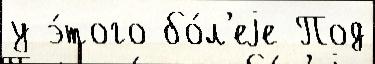
у э́того бо́л'еjе Под